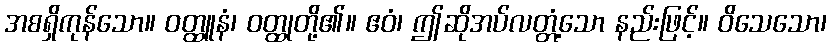
အစရှိကုန်သော။ ဝတ္ထူနံ၊ ဝတ္ထုတို့၏။ ဧဝံ၊ ဤဆိုအပ်လတ္တံ့သော နည်းဖြင့်။ ဝိသေသော၊